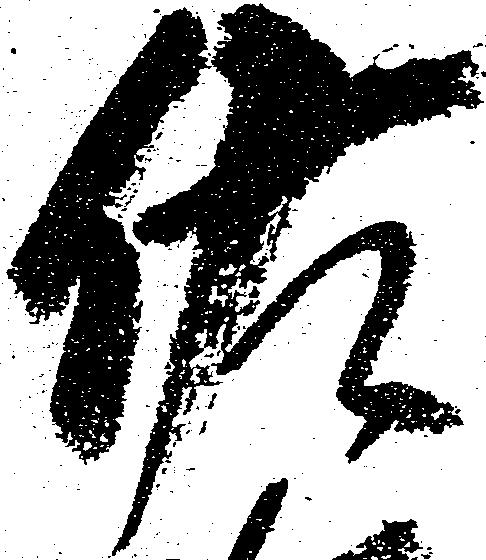
佐